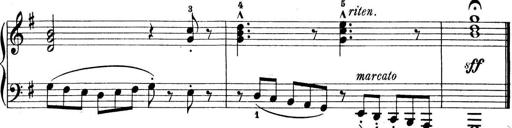
Title: Preis-Sonatine
Composer: Ernst James Bremner